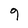
Character: 9